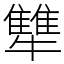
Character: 犨